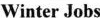
Winter Jobs